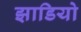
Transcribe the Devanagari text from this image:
झाडियो